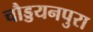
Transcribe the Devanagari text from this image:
चौड्डयनपुरा